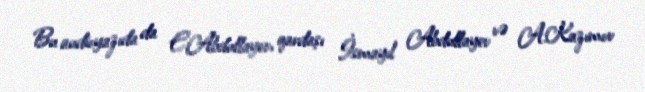
Bu audioyazıda da E.Abdullayev, qardaşı İsmayıl Abdullayev və A.Kazımov